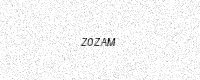
Text: Z0ZAM